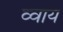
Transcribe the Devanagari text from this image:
व्वाय